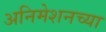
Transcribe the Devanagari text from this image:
अनिमेशनच्या